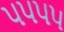
૫૫૫૫